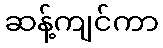
ဆန့်ကျင်ကာ